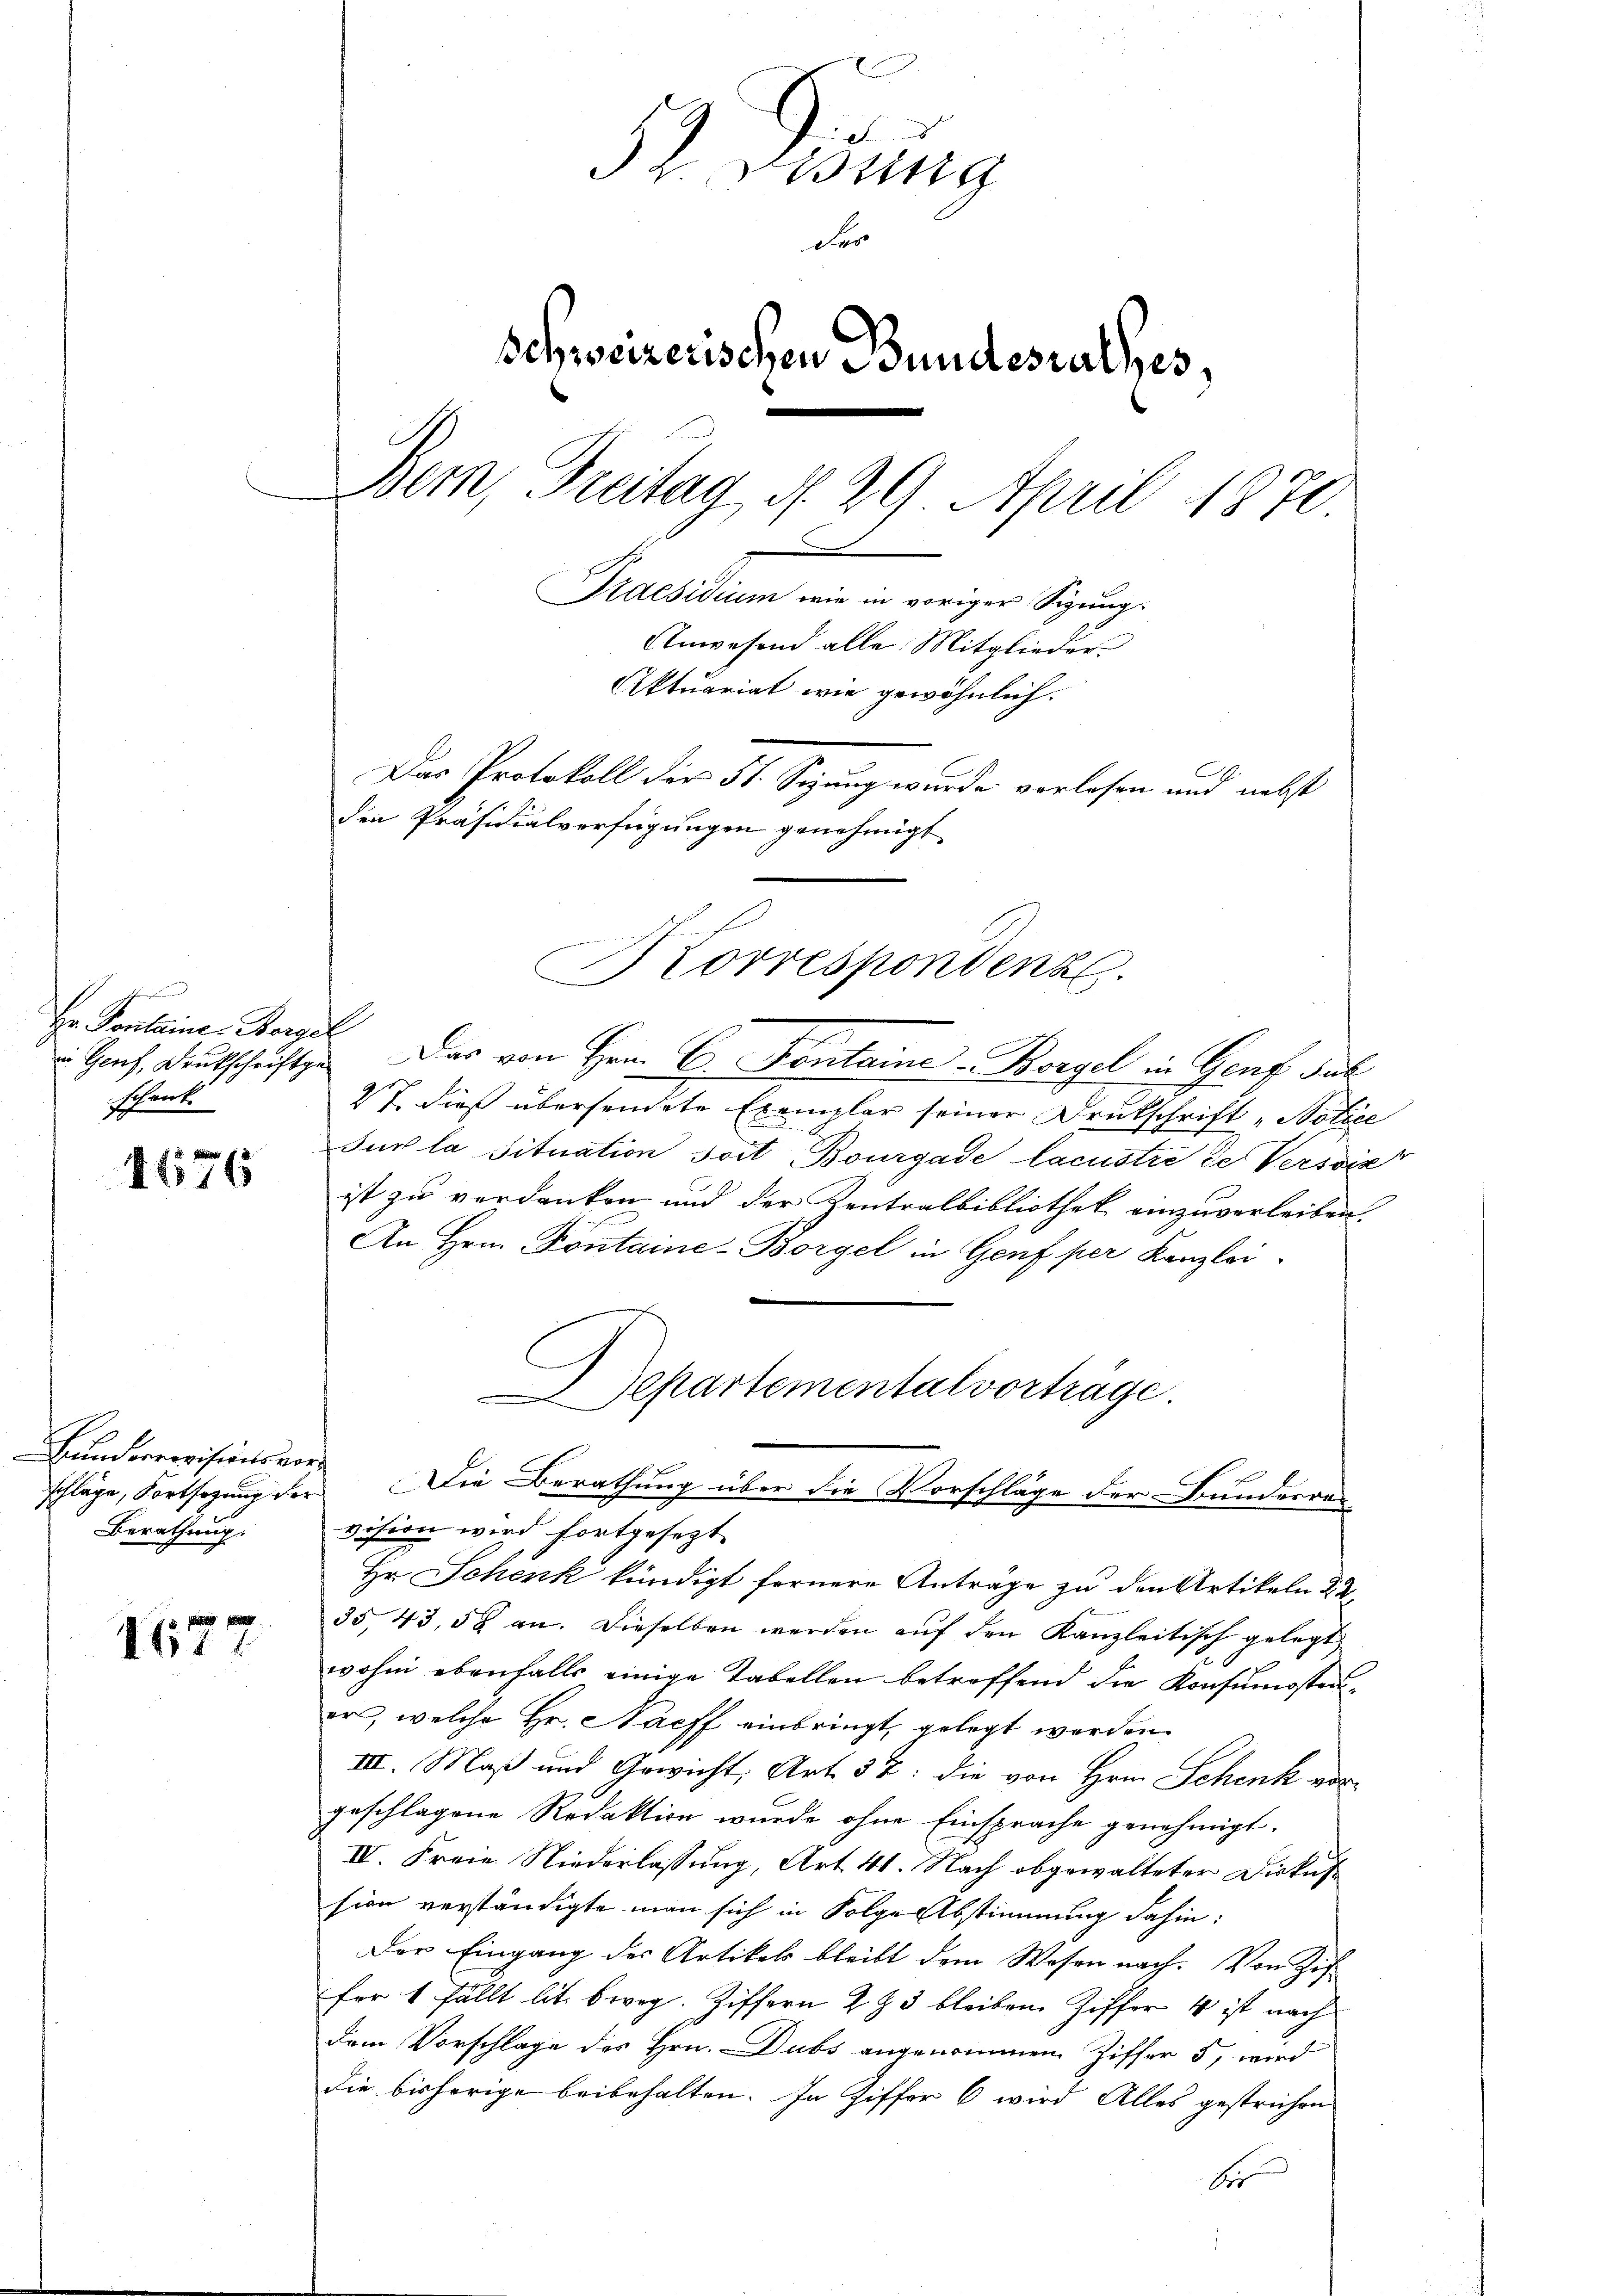
s
Hr. Pontaine Bergel
schrik.

4676

Hunderervisionsvor¬
Berathung.

1621

d
32. Miting
Fer
schweizerischen Bundesrathes,
Bern, Freitag, d. 29 April 1870.
Praesidium wie in voriger Sigung.
Anwesend alle Mitglieder
Aktuariat wie gewöhnlich.
Das Protokoll der 51. Seung wurde verlesen und nebst
den Präsidialverfügungen genehmigt

Hah, Deutschrift. Das von Hrn. C. Fontaine-Borgel in Genf sul
27 dieß übersendete Exemplar seiner Drukschrift „Notice
Sur la situation soit Bourgade lacustre de Versoiz
ist zu verdanken und der Kentralbibliothek einzuverleiben.
An Hrn. Pontaine-Borgel in Genf per Kanzlei.
e
schläge, Fortsezung der Die Berathung über die Vorschläge der Bundesravision wird fortgesezt.
Hr. Schenk kündigt fernere Anträge zu den Artikeln d. 2
35, 43, 58 an. Dieselben werden auf den Kanzleitisch gelegt
wohin ebenfalls einige Tabellen betreffend die Konsumostener, welche Hr. Nacff einbringt, gelegt werden.
III. Maß und Gewicht, Art. 37: die von Hrn. Schenk vorgeschlagene Redaktion wurde ohne Einsprache genehmigt.
IV. Freie Niederlassung, Art. 41. Nach obgewalteter Diskussion verständigte man sich in Folge Abstimmung dahin:
Der Eingang des Artikels bleibt dem Wesen nach. Von Zif
fer 1 fällt lit. bweg. Ziffern 2 § 3 bleiben Ziffer 4 ist nach
dem Vorschlage des Hrn. Dubs angenommen Ziffer 5, wird
die bisherige beibehalten. In Ziffer 6 wird Alles gestrichen
b

Korrespondenz.

Separtementalvorträge.